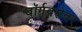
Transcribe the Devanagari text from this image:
बॉर्गबरोबर